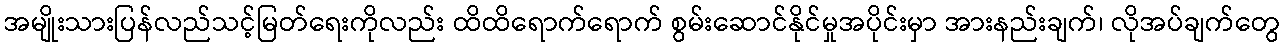
အမျိုးသားပြန်လည်သင့်မြတ်ရေးကိုလည်း ထိထိရောက်ရောက် စွမ်းဆောင်နိုင်မှုအပိုင်းမှာ အားနည်းချက်၊ လိုအပ်ချက်တွေ